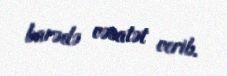
barədə vəsatət verib.